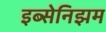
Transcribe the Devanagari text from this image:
इब्सेनिझम